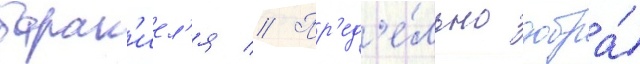
барак'иел'я // Пр'ед'е́льно добра́